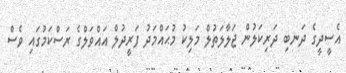
އެސީދީގެ ދަނބި ދަރިކަލުން ޖަލާލަތުލް މަލިކު މުޙައްމަދު ފަރީދުލް އައްވަލްގެ ރަސްކަމުގައި ވެސް